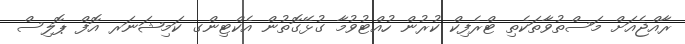
ރާއްޖެއަށް މަސްތުވާތަކެތި ޓްރެފިކް ކުރުން ހުއްޓުވުމާ ގުޅޭގޮތުން އެކްޓިންގ ކަމިޝަނަރ އޮފް ޕޮލިސް